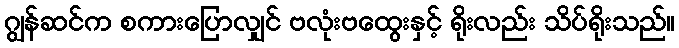
ဂျွန်ဆင်က စကားပြောလျှင် ဗလုံးဗထွေးနှင့် ရိုးလည်း သိပ်ရိုးသည်။